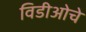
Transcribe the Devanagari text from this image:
विडीओचे